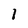
Character: I